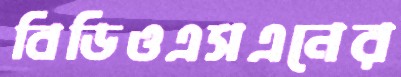
বিডিওএসএনের